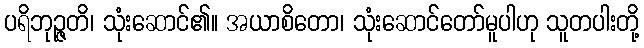
ပရိဘုဉ္ဇတိ၊ သုံးဆောင်၏။ အယာစိတော၊ သုံးဆောင်တော်မူပါဟု သူတပါးတို့